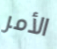
الأمر